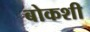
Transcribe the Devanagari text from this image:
बोकशी